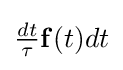
\textstyle {\frac {dt}{\tau }}\mathbf {f} (t)dt